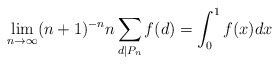
\begin{align*}\lim_{n \to \infty} (n+1)^{-n}n\sum_{d|P_n} f(d) = \int^1_0 f(x)dx\end{align*}